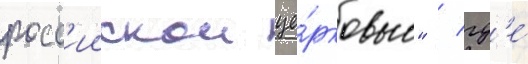
росс'иискои це́рковью" / гд'е́